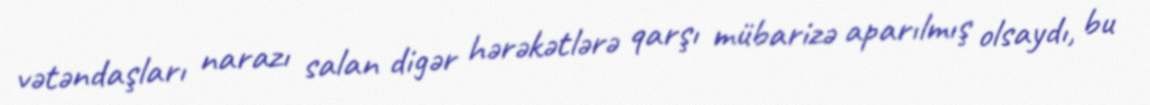
vətəndaşları narazı salan digər hərəkətlərə qarşı mübarizə aparılmış olsaydı, bu